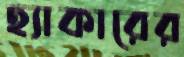
হ্যাকারের